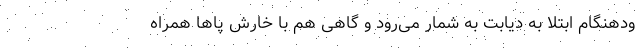
ودهنگام ابتلا به دیابت به‌ شمار می‌رود و گاهی هم با خارش پاها همراه